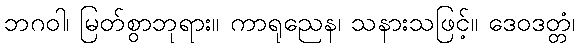
ဘဂဝါ၊ မြတ်စွာဘုရား။ ကာရုညေန၊ သနားသဖြင့်။ ဒေဝဒတ္တံ၊